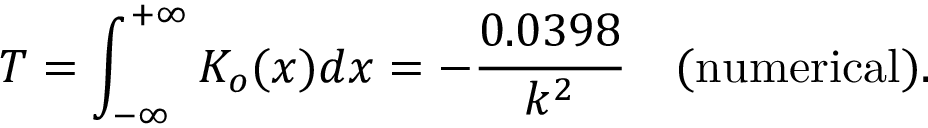
T = \int _ { - \infty } ^ { + \infty } K _ { o } ( x ) d x = - \frac { 0 . 0 3 9 8 } { k ^ { 2 } } \ \ \ \mathrm { ( n u m e r i c a l ) } .